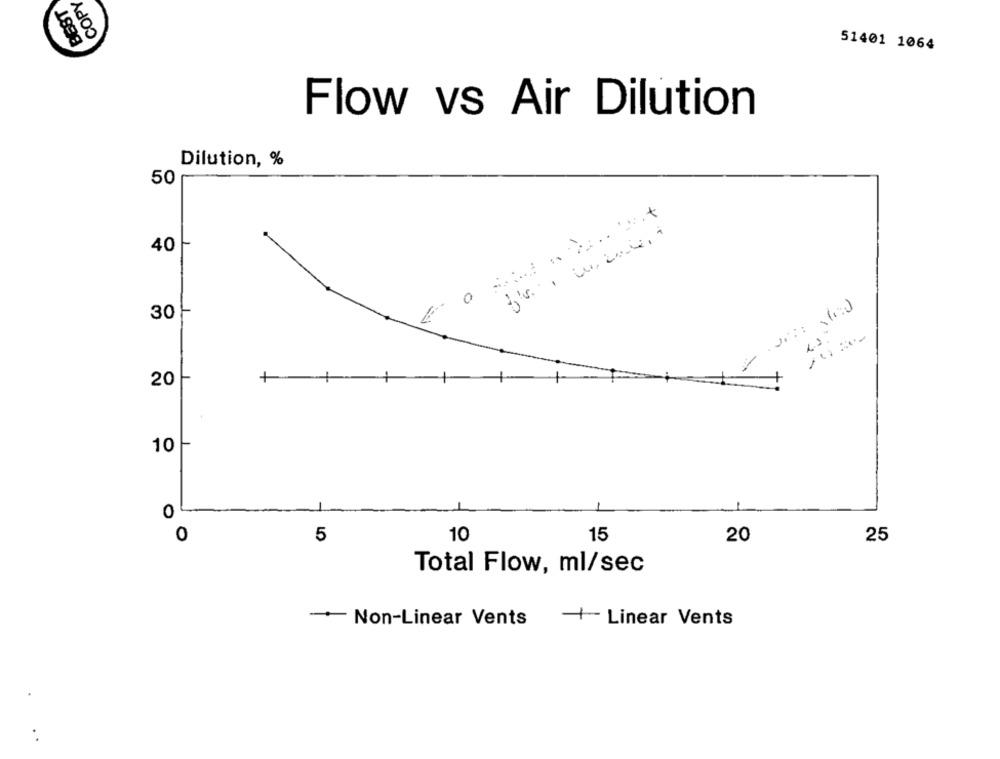
BEST
COPY
51401 1064
Flow vs Air Dilution
Dilution, %
50
40
30 }-
++
1
20
10
0
0
5
10
15
20
25
Total Flow, ml/sec
- Non-Linear Vents
- Linear Vents